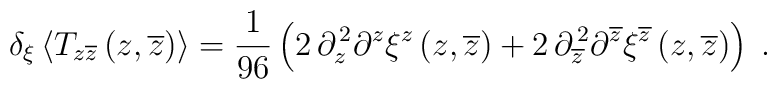
\delta_{\xi}\left<T_{z\overline z}\left(z,\overline z\right)\right>={1\over96}\left(2\,\partial_z^{\,2}\partial^z\xi^z\left(z,\overline z\right)+2\,\partial_{\overline z}^{\,2}\partial^{\overline z}\xi^{\overline z}\left(z,\overline z\right)\right)\;.